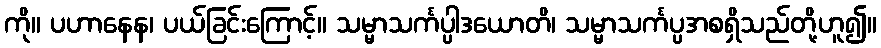
ကို။ ပဟာနေန၊ ပယ်ခြင်းကြောင့်။ သမ္မာသင်္ကပ္ပါဒယောတိ၊ သမ္မာသင်္ကပ္ပအစရှိသည်တို့ဟူ၍။